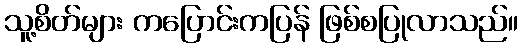
သူ့စိတ်များ ကပြောင်းကပြန် ဖြစ်စပြုလာသည်။